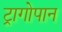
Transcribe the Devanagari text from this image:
ट्रागोपान